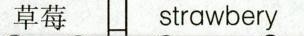
草莓 strawbery